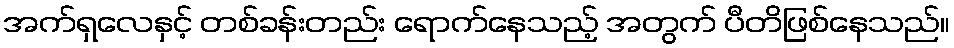
အက်ရှလေနှင့် တစ်ခန်းတည်း ရောက်နေသည့် အတွက် ပီတိဖြစ်နေသည်။